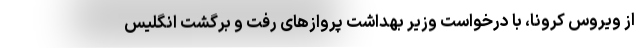
از ویروس کرونا، با درخواست وزیر بهداشت پرواز‌های رفت و برگشت انگلیس